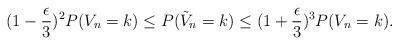
LaTeX: \begin{align*}(1-\frac{\epsilon}{3})^{2} P(V_{n}=k) \leq P(\tilde{V}_{n}=k) \leq (1 + \frac{\epsilon}{3})^{3} P(V_{n}=k). \end{align*}